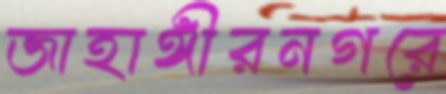
জাহাঙ্গীরনগরে